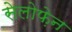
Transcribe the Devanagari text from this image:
सेलोफ़ेन